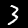
Digit: 3